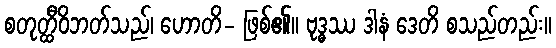
စတုတ္ထီဝိဘတ်သည်၊ ဟောတိ- ဖြစ်၏။ ဗုဒ္ဓဿ ဒါနံ ဒေတိ စသည်တည်း။